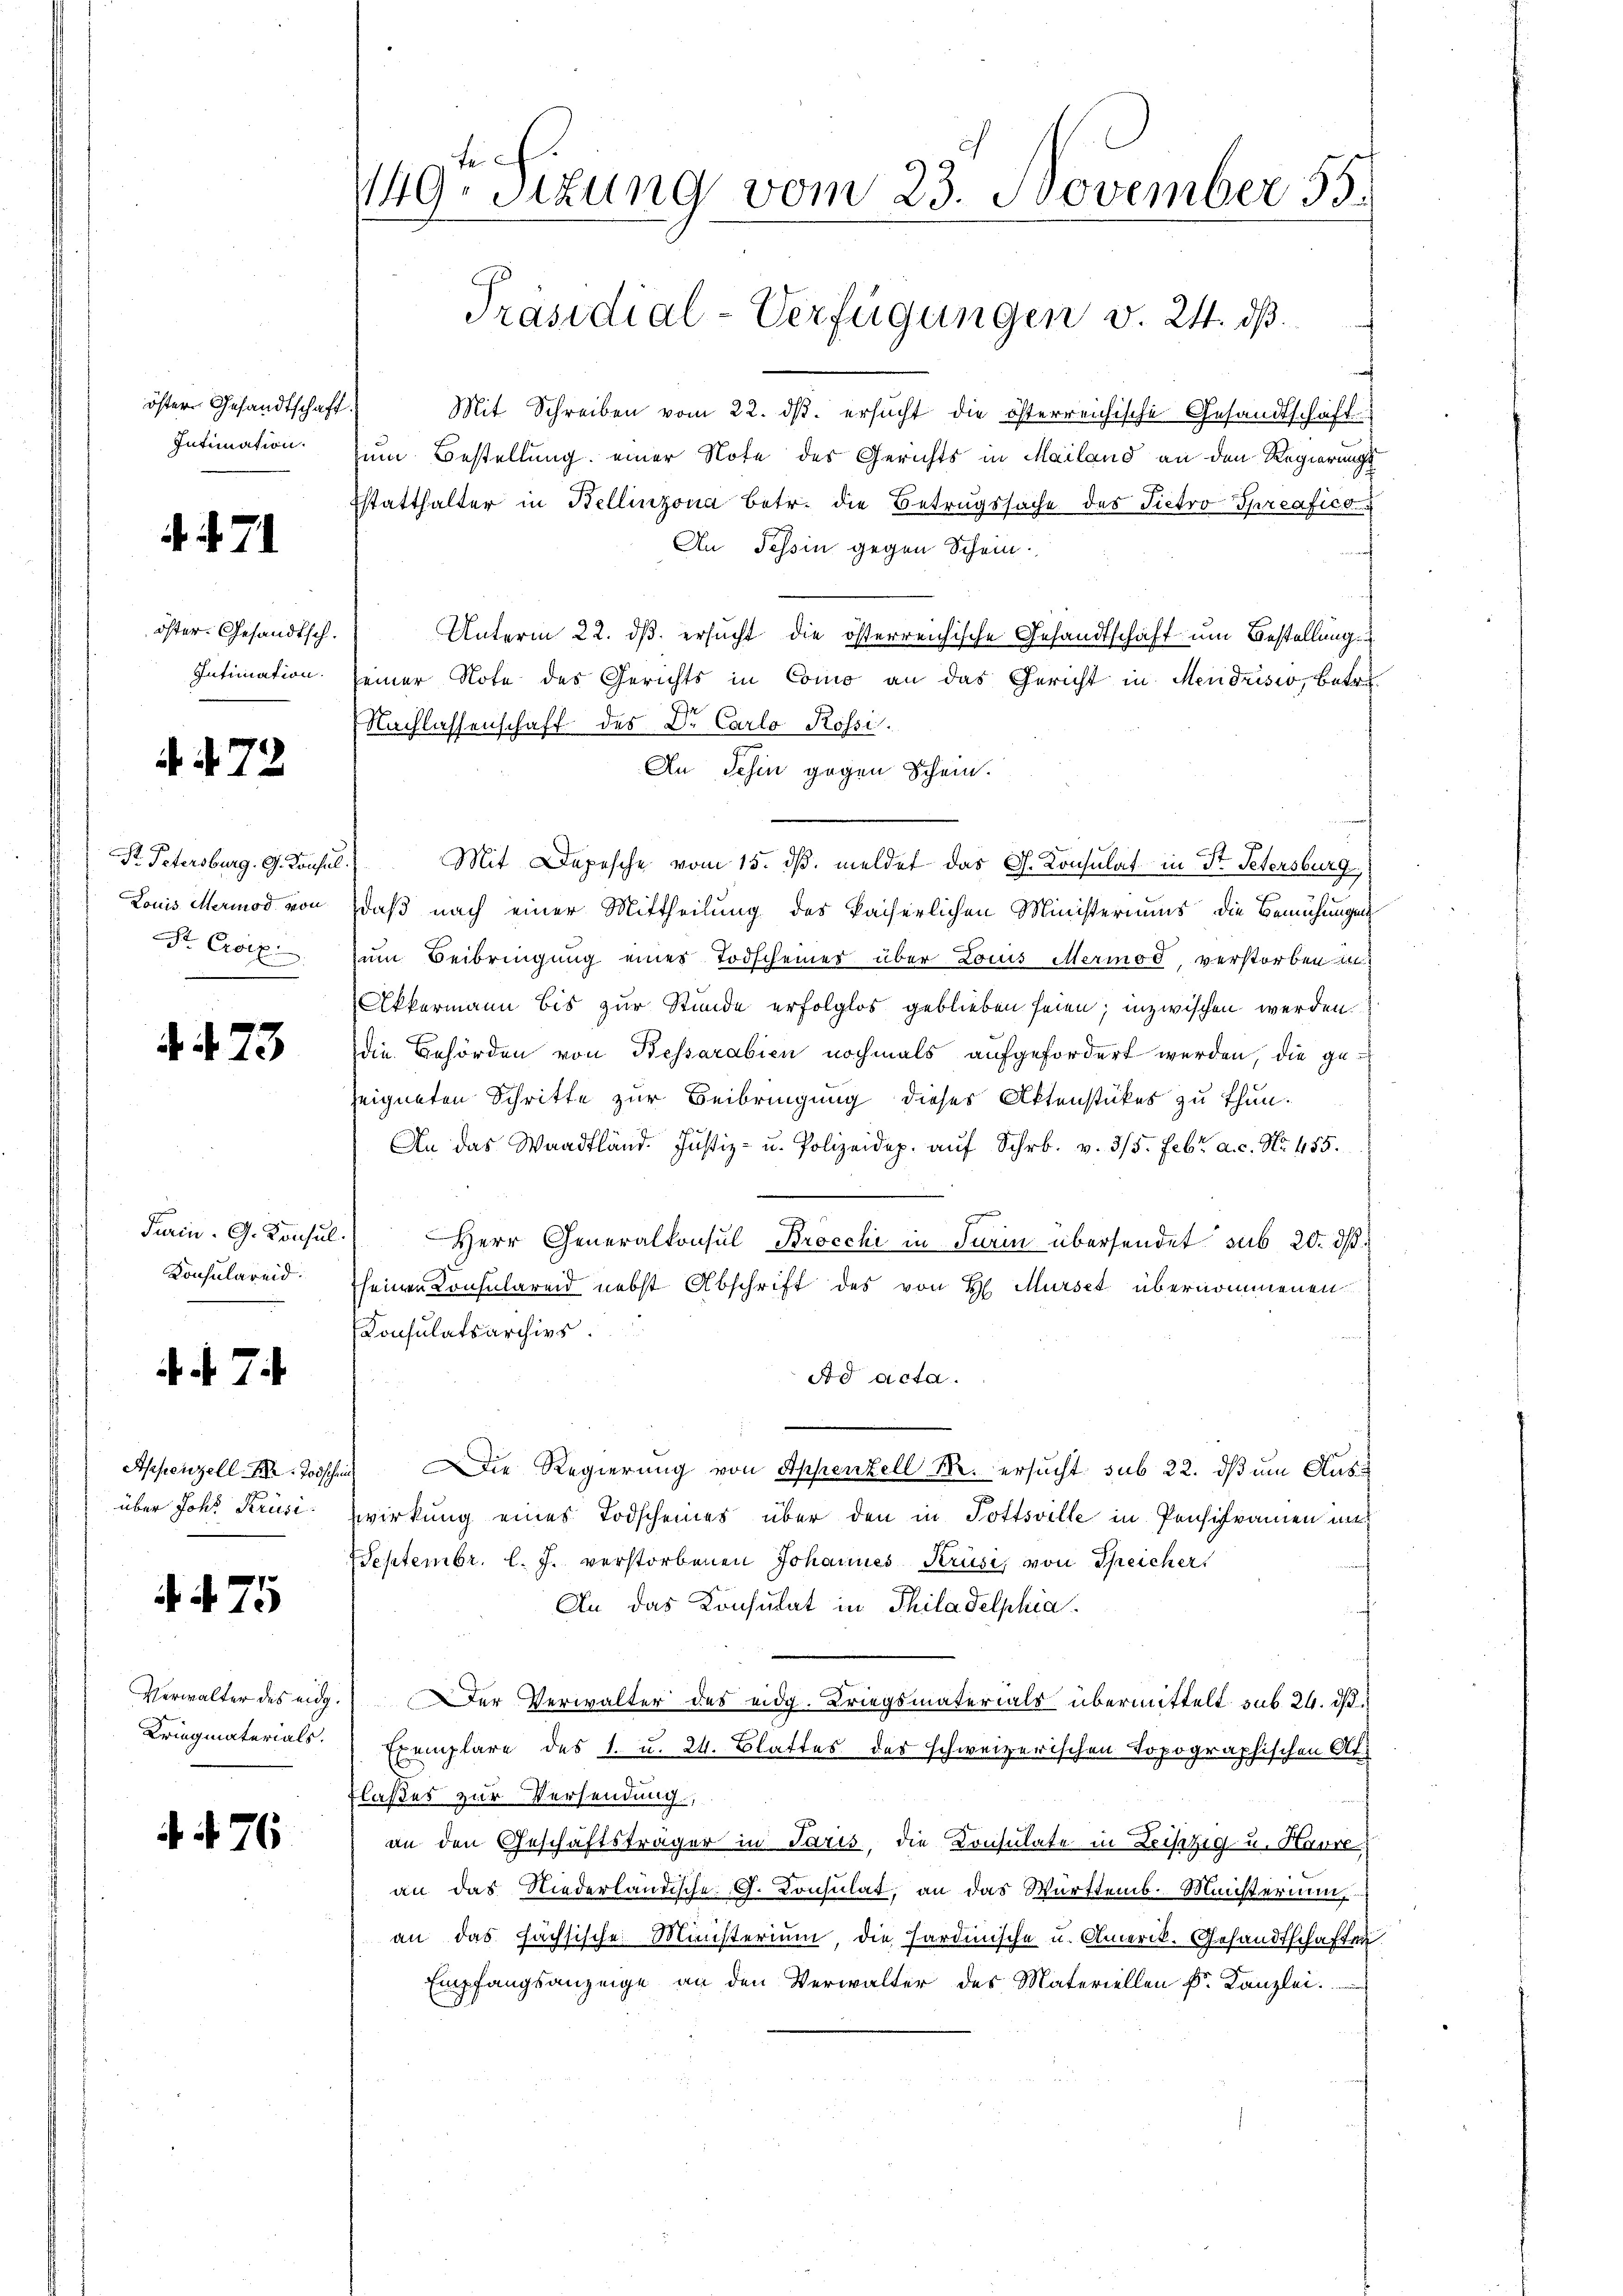
östern Gesandtschaft.
Intimation.

4. 471.

öster. Gesandtsch.
Intimation.

Nr. 72

Dr. Petersburg. G. Konsul
Louis Meriod. von
Str. Croix.

4473

Konsulareid:

d. d. 7.

Appenzell A. Todschen
über Johs Krüsi.

44. 75

Verwalter des eidg.
Kriegmaterials.

4. 476

49 Sizung vom 23. November 55.
Präsidial-Verfügungen v. 24. ds.

Mit Schreiben vom 22. dβ. ersucht die österreichische Gesandtschaft
zum Bestellung einer Note des Gerichts in Mailand an den Regierungs¬
Estatthalter in Bellinzona betr. die Betrugssache des Pietro Spreafico
An Tessin gegen Schein.
Unterm 22. ds. ersucht die österreichische Gesandtschaft um Bestellung
seiner Note des Gerichts in Como an das Gericht in Mendrisio, betr.
(Nachlassenschaft des Dr. Carlo Rossi.
An Schin gegen Schein.
3) Mit Depesche vom 15. dβ. meldet das G. Konsulat in St. Petersburg,
daß nach einer Mittheilung des kaiserlichen Ministeriums die Bemühungen
zum Beibringung eines Todscheines über Louis Mermod, verstorben an
Okkermann bis zur Stunde erfolglos geblieben seien; inzwischen werden.
die Behörden von Bessarabien nochmals aufgefordert werden, die ge-
seigneten Schritte zur Beibringung dieses Aktenstückes zu thun.
An das Waadtländ. Justiz- u. Polizeidep. aŭf Schr. v. 3/5. Febr. a. c. No. 455.
darin. G. Konsul Herr Generalkonsul Brocchi in Turin übersendet sub 20. ds.
seinen Consularend nebst Abschrift des von H. Mürset übernommenen
Consulatsarchivs
Ad acta.
) Die Regierung von Appenzell M. ersucht sub 22. ds um Auswirkung eines Todscheines über den in Pottsville in Pensiframen un
Septembr. l. J. verstorbenen Johannes Kruse, von Speicher
An das Konsulat in Thiladelphia
er Verwalter des eidg. Kriegsmaterials übermittelt sub 24. d.
Exemplare des 1. u. 24. Blattes der schweizerischen Topographischen At¬
Flaßes zur Versendung,
an den Geschäftsträger in Paris, die Konsulate in Leistig- u. Harre
an das Niederländische G. Consulat, an das Württemb. Münsterium,
an das Fachsische Ministerium, die Fardinische u. Amerik. Gesandtschaften
Empfangsanzeige an den Verwalter des Materiellen Dr. Kanzlei.